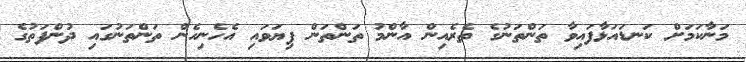
މަނާކަމަށް ކަނޑައަޅާފައިވާ ތަންތަނުގެ ތެރެއިން އާންމު ތަންތަން ފިޔަވައި އެހެނިހެން ތަންތަނުގައި ދުންފަތުގެ